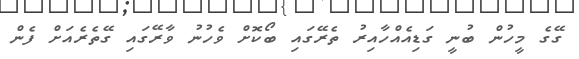
ގޭގެ މީހުން ބުނީ ގަޑިއެއްހާއިރު ތެރޭގައި ބޯކޮށް ވެހުނު ވާރޭގައި ގޭތެރެއަށް ފެން